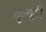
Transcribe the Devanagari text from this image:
दुव्वुरी